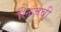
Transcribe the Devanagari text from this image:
लिज़बी